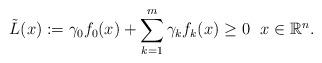
LaTeX: \begin{align*} \Tilde{L}(x):=\gamma_0f_0(x)+\sum\limits_{k=1}^m\gamma_kf_k(x)\ge0\ \ x\in\mathbb{R}^n.\end{align*}